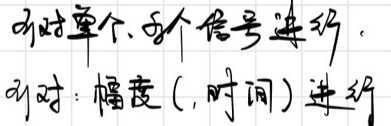
对单个、两个信号进行.
对时：幅度 (, 时间) 进行